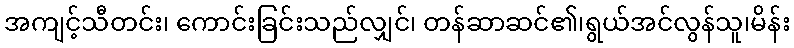
အကျင့်သီတင်း၊ ကောင်းခြင်းသည်လျှင်၊ တန်ဆာဆင်၏၊ရွယ်အင်လွန်သူ၊မိန်း